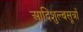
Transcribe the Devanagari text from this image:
आदिशुल्बसूत्रों